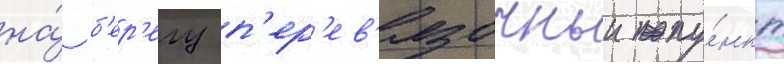
на́ б'ер'егу п'ер'ев'язочныи пу́нкт